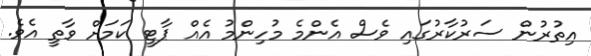
އިތުރުން ސަރުކާރުގައި ވެސް އެންމެ މުހިންމު އެއް ޕާޓީ ކަމަށް ވާތީ އެވެ.